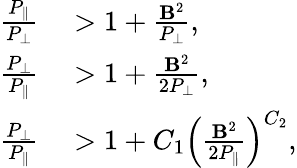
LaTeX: \begin{array}{rl}{\frac{P_{\| }}{P_{\perp}}}&{{}>1+\frac{\mathbf{B}^{2}}{P_{\perp}},}\\ {\frac{P_{\perp}}{P_{\| }}}&{{}>1+\frac{\mathbf{B}^{2}}{2P_{\perp}},}\\ {\frac{P_{\perp}}{P_{\| }}}&{{}>1+C_{1}\left(\frac{\mathbf{B}^{2}}{2P_{\| }}\right)^{C_{2}},}\end{array}